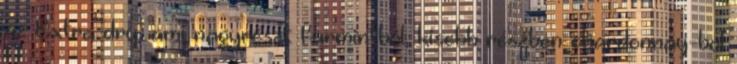
az Extra dry, ami nagyrészt furmintból, kisebb részben chardonnay-ból